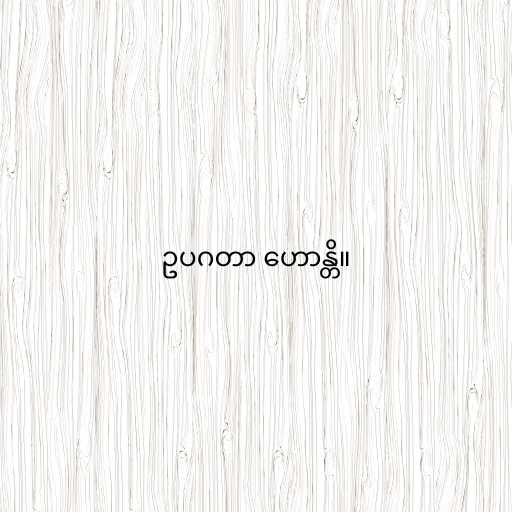
ဥပဂတာ ဟောန္တိ။